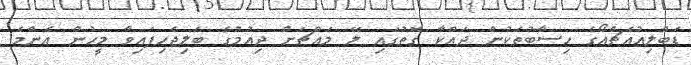
ޑަބްލިއުއެޗްއޯގެ ހިސާބުތަކުން ދައްކާ ގޮތުގައި ލޭ މައްޗަށް ދިއުމުގެ ބަލިޖެހިފައިވާ މީހުން އެންމެ